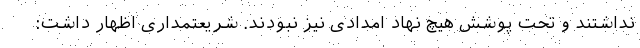
نداشتند و تحت پوشش هیچ نهاد امدادی نیز نبودند. شریعتمداری اظهار داشت: